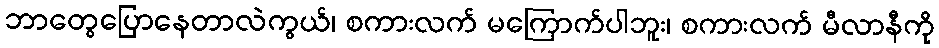
ဘာတွေပြောနေတာလဲကွယ်၊ စကားလက် မကြောက်ပါဘူး၊ စကားလက် မီလာနီကို